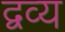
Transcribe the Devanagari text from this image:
द्वव्य